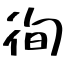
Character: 徇